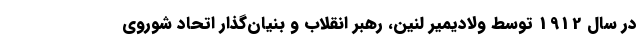
در سال 1912 توسط ولادیمیر لنین، رهبر انقلاب و بنیان‌گذار اتحاد شوروی